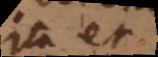
ita et